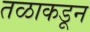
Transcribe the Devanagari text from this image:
तळाकडून